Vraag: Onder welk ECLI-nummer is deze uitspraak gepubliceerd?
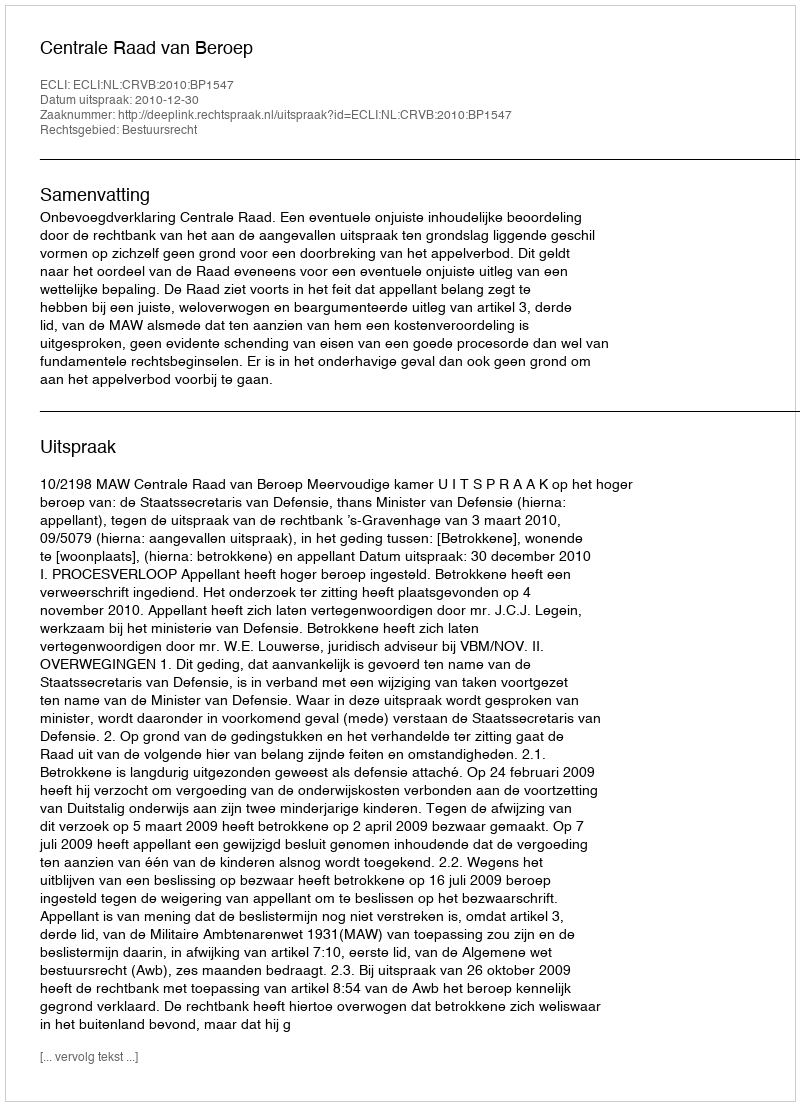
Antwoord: ECLI:NL:CRVB:2010:BP1547